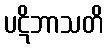
ပဋိဘာသတိ